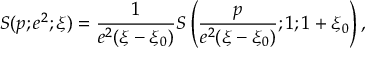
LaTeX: S ( p ; e ^ { 2 } ; \xi ) = \frac { 1 } { e ^ { 2 } ( \xi - \xi _ { 0 } ) } S \left( \frac { p } { e ^ { 2 } ( \xi - \xi _ { 0 } ) } ; 1 ; 1 + \xi _ { 0 } \right) ,